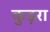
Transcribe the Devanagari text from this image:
कुड़रा